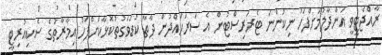
ރާއްޖެޓީވީ އަންދާލުމަށްފަހު ނިކުންނަ ޓެރަރިސްޓުން އެ ސަރަހައްދުން ދާތާ ކުޑަވަގުތުކޮޅާކަށްފަހު އިމާރާތުގެ ސެކިއުރިޓީ